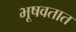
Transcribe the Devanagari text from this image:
भूषवतात